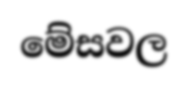
මේසවල